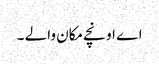
اے اونچے مکان والے ۔